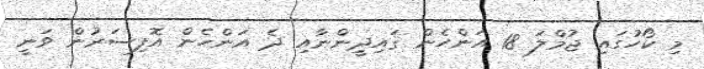
މި ކޯހުގައި ޖުމްލަ 18 އަންހެން ޤައިދީންނާއި ދެ އަންހެން އޮފިސަރުން ވަނީ